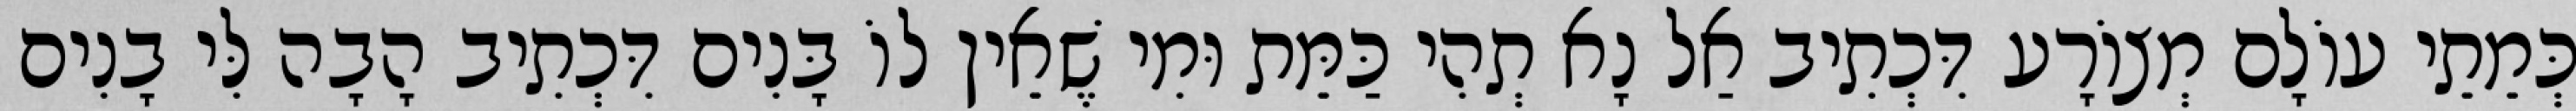
כְּמֵתֵי עוֹלָם מְצוֹרָע דִּכְתִיב אַל נָא תְהִי כַּמֵּת וּמִי שֶׁאֵין לוֹ בָּנִים דִּכְתִיב הָבָה לִּי בָנִים